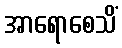
အာရောစေသိံ